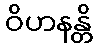
ဝိဟနန္တိ